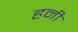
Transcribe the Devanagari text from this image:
हनीं